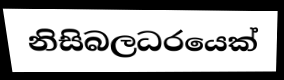
නිසිබලධරයෙක්